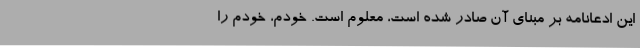
این ادّعانامه بر مبنای آن صادر شده است، معلوم است. خودم، خودم را